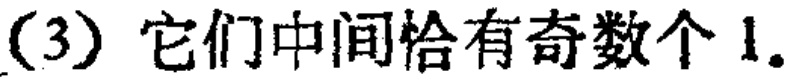
(3) 它们中间恰有奇数个 1。